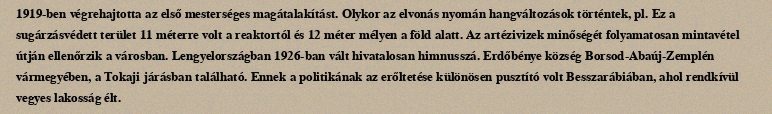
1919-ben végrehajtotta az első mesterséges magátalakítást. Olykor az elvonás nyomán hangváltozások történtek, pl. Ez a sugárzásvédett terület 11 méterre volt a reaktortól és 12 méter mélyen a föld alatt. Az artézivizek minőségét folyamatosan mintavétel útján ellenőrzik a városban. Lengyelországban 1926-ban vált hivatalosan himnusszá. Erdőbénye község Borsod-Abaúj-Zemplén vármegyében, a Tokaji járásban található. Ennek a politikának az erőltetése különösen pusztító volt Besszarábiában, ahol rendkívül vegyes lakosság élt.